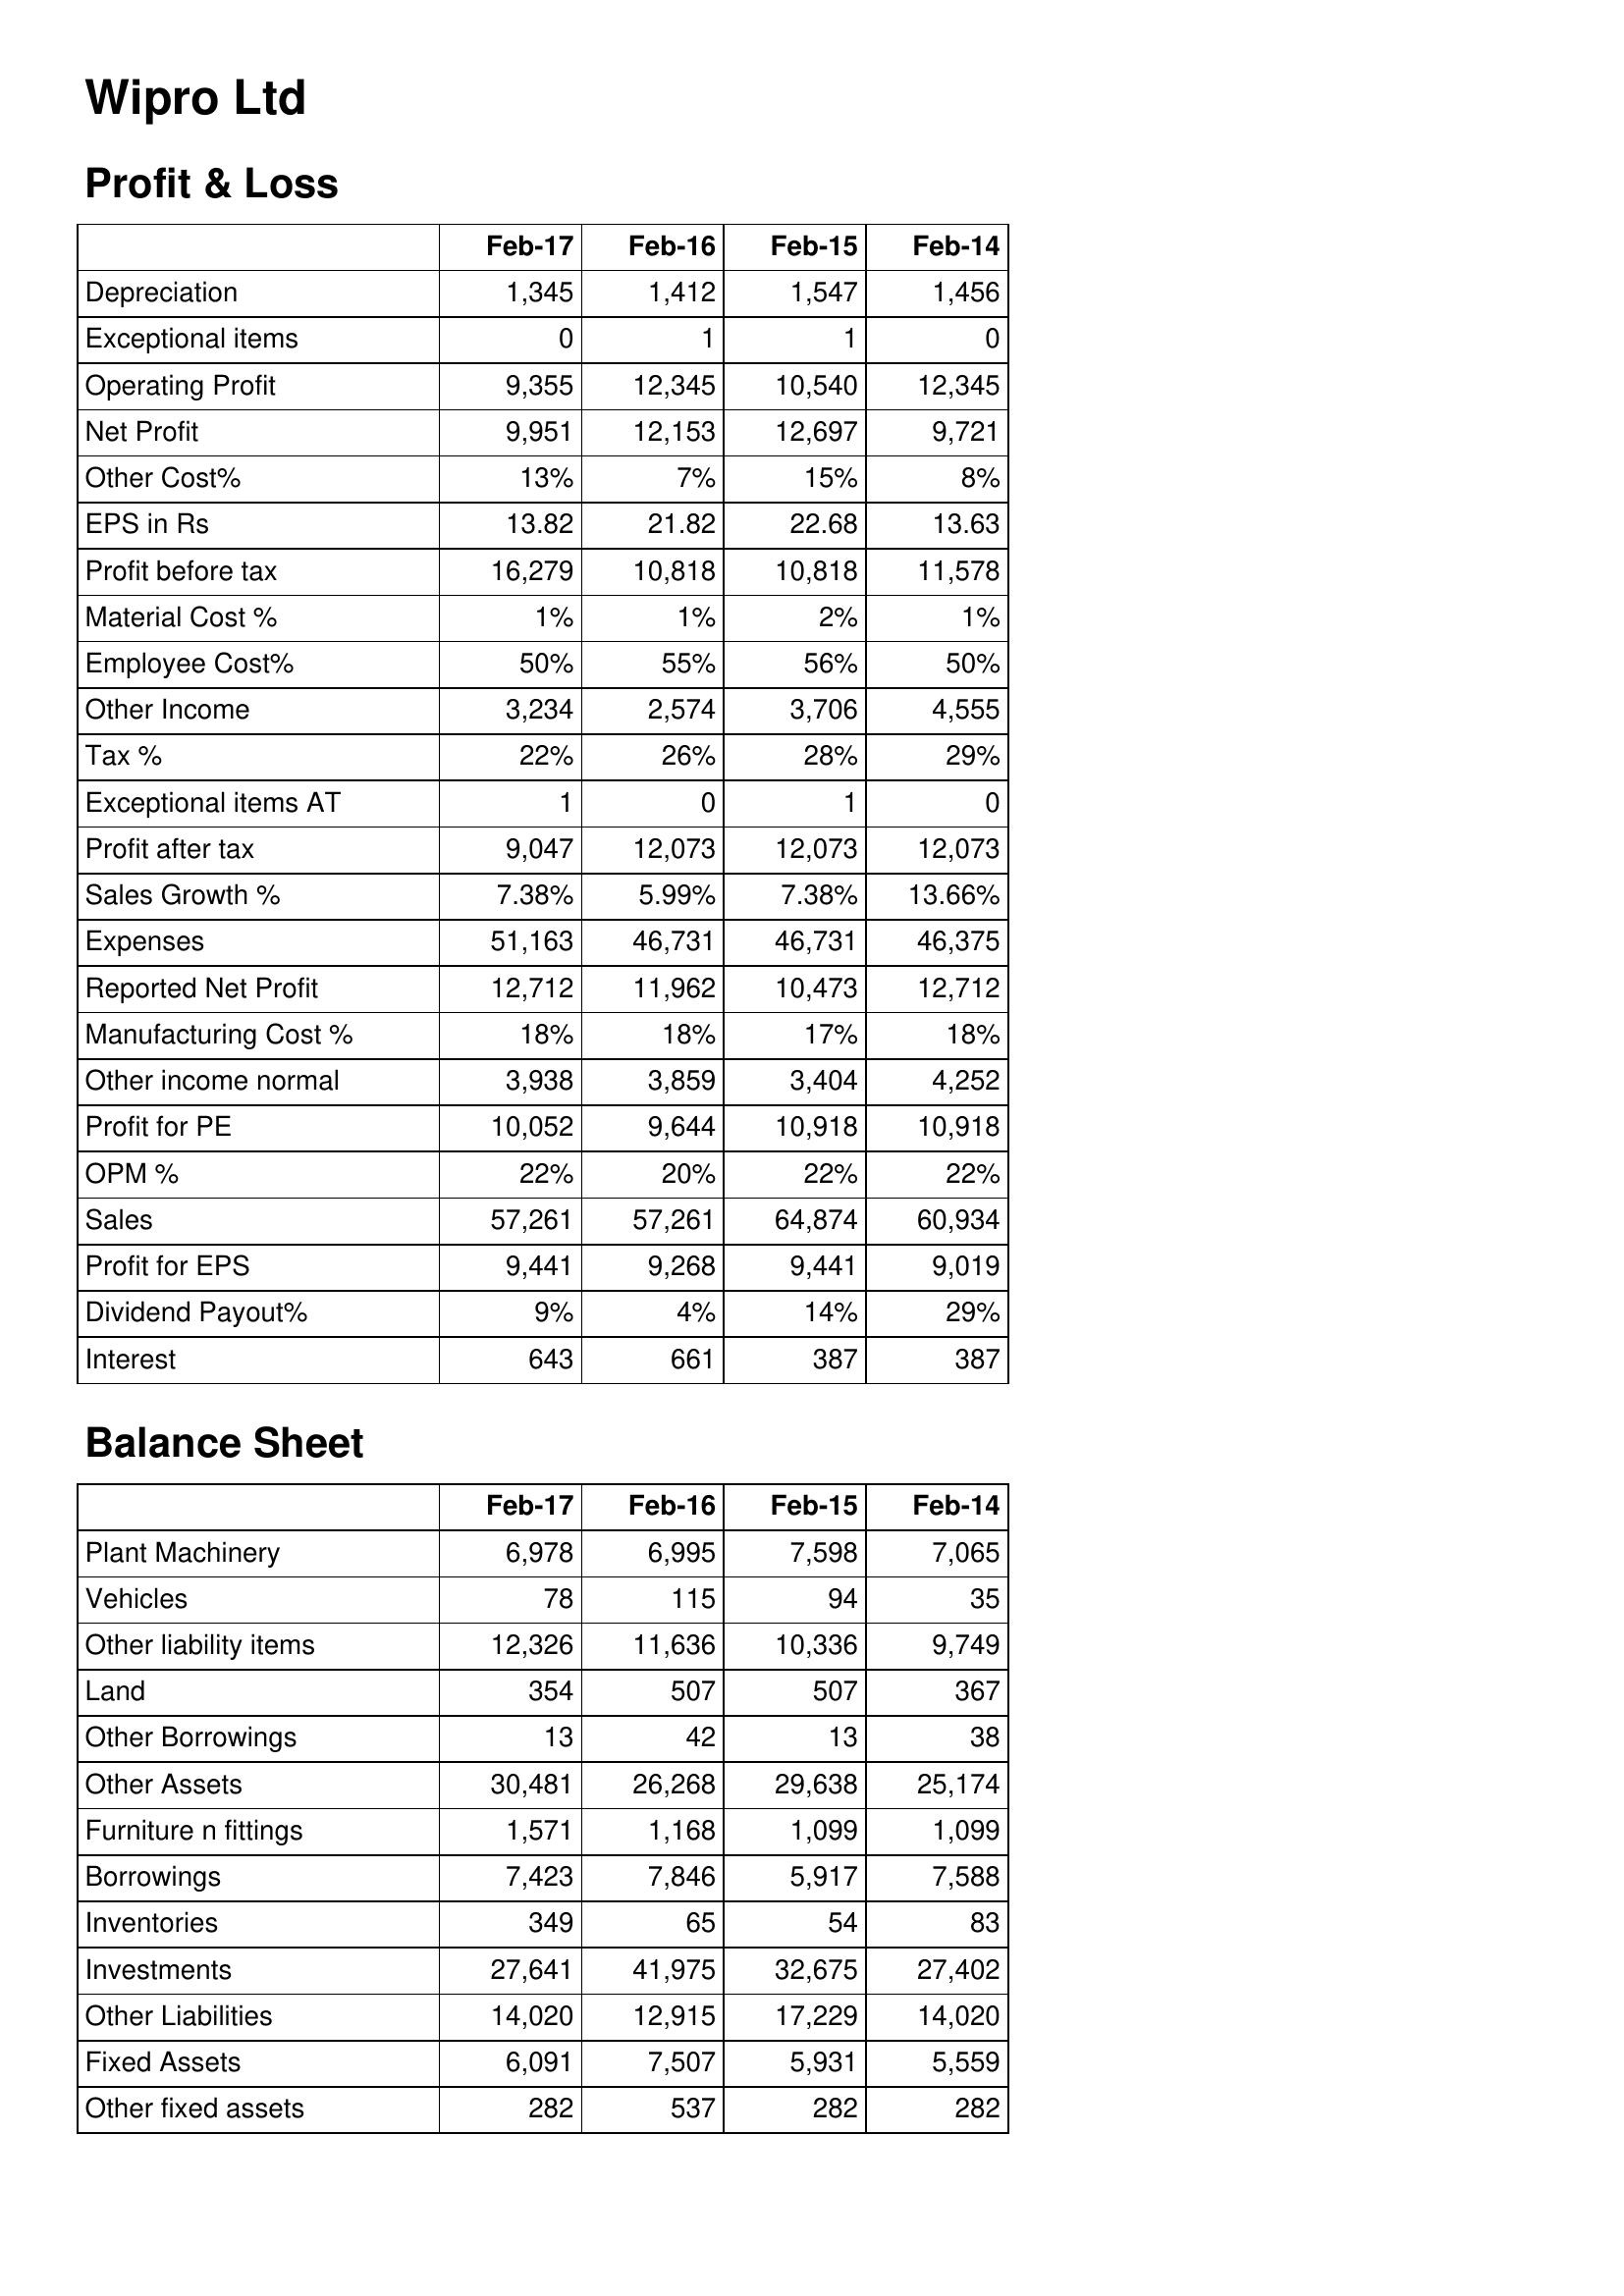
Feb-17: Profit & Loss: Depreciation: 1,345
Exceptional items: 0
Operating Profit: 9,355
Net Profit: 9,951
Other Cost%: 13%
EPS in Rs: 13.82
Profit before tax: 16,279
Material Cost %: 1%
Employee Cost%: 50%
Other Income: 3,234
Tax %: 22%
Exceptional items AT: 1
Profit after tax: 9,047
Sales Growth %: 7.38%
Expenses: 51,163
Reported Net Profit: 12,712
Manufacturing Cost %: 18%
Other income normal: 3,938
Profit for PE: 10,052
OPM %: 22%
Sales: 57,261
Profit for EPS: 9,441
Dividend Payout%: 9%
Interest: 643
Balance Sheet: Plant Machinery: 6,978
Vehicles: 78
Other liability items: 12,326
Land: 354
Other Borrowings: 13
Other Assets: 30,481
Furniture n fittings: 1,571
Borrowings: 7,423
Inventories: 349
Investments: 27,641
Other Liabilities: 14,020
Fixed Assets: 6,091
Other fixed assets: 282
Feb-16: Profit & Loss: Depreciation: 1,412
Exceptional items: 1
Operating Profit: 12,345
Net Profit: 12,153
Other Cost%: 7%
EPS in Rs: 21.82
Profit before tax: 10,818
Material Cost %: 1%
Employee Cost%: 55%
Other Income: 2,574
Tax %: 26%
Exceptional items AT: 0
Profit after tax: 12,073
Sales Growth %: 5.99%
Expenses: 46,731
Reported Net Profit: 11,962
Manufacturing Cost %: 18%
Other income normal: 3,859
Profit for PE: 9,644
OPM %: 20%
Sales: 57,261
Profit for EPS: 9,268
Dividend Payout%: 4%
Interest: 661
Balance Sheet: Plant Machinery: 6,995
Vehicles: 115
Other liability items: 11,636
Land: 507
Other Borrowings: 42
Other Assets: 26,268
Furniture n fittings: 1,168
Borrowings: 7,846
Inventories: 65
Investments: 41,975
Other Liabilities: 12,915
Fixed Assets: 7,507
Other fixed assets: 537
Feb-15: Profit & Loss: Depreciation: 1,547
Exceptional items: 1
Operating Profit: 10,540
Net Profit: 12,697
Other Cost%: 15%
EPS in Rs: 22.68
Profit before tax: 10,818
Material Cost %: 2%
Employee Cost%: 56%
Other Income: 3,706
Tax %: 28%
Exceptional items AT: 1
Profit after tax: 12,073
Sales Growth %: 7.38%
Expenses: 46,731
Reported Net Profit: 10,473
Manufacturing Cost %: 17%
Other income normal: 3,404
Profit for PE: 10,918
OPM %: 22%
Sales: 64,874
Profit for EPS: 9,441
Dividend Payout%: 14%
Interest: 387
Balance Sheet: Plant Machinery: 7,598
Vehicles: 94
Other liability items: 10,336
Land: 507
Other Borrowings: 13
Other Assets: 29,638
Furniture n fittings: 1,099
Borrowings: 5,917
Inventories: 54
Investments: 32,675
Other Liabilities: 17,229
Fixed Assets: 5,931
Other fixed assets: 282
Feb-14: Profit & Loss: Depreciation: 1,456
Exceptional items: 0
Operating Profit: 12,345
Net Profit: 9,721
Other Cost%: 8%
EPS in Rs: 13.63
Profit before tax: 11,578
Material Cost %: 1%
Employee Cost%: 50%
Other Income: 4,555
Tax %: 29%
Exceptional items AT: 0
Profit after tax: 12,073
Sales Growth %: 13.66%
Expenses: 46,375
Reported Net Profit: 12,712
Manufacturing Cost %: 18%
Other income normal: 4,252
Profit for PE: 10,918
OPM %: 22%
Sales: 60,934
Profit for EPS: 9,019
Dividend Payout%: 29%
Interest: 387
Balance Sheet: Plant Machinery: 7,065
Vehicles: 35
Other liability items: 9,749
Land: 367
Other Borrowings: 38
Other Assets: 25,174
Furniture n fittings: 1,099
Borrowings: 7,588
Inventories: 83
Investments: 27,402
Other Liabilities: 14,020
Fixed Assets: 5,559
Other fixed assets: 282